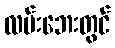
လမ်းဘေးတွင်